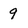
Character: 9